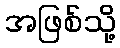
အဖြစ်သို့